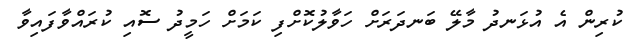
ކުރިން އެ އުޅަނދު މާލޭ ބަނދަރަށް ހަވާލުކޮށްފި ކަމަށް ހަމީދު ސޮއި ކުރައްވާފައިވާ